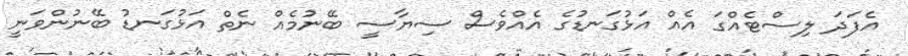
އެފަދަ ލިސްޓެއްގަ އެއް އަޅުގަނޑުގެ އެއްވެސް ސިޔާސީ ބޭނުމެއް ނެތް އަޅުގަނޑު ބޭނުންވަނީ